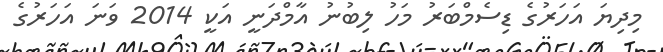
މިދިޔަ އަހަރުގެ ޑިސެމްބަރު މަހު ލިބުނު އާމްދަނީ އަކީ 2014 ވަނަ އަހަރުގެ